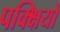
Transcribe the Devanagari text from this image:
पक्क्षियो